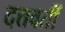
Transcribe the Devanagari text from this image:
दत्तवतीं